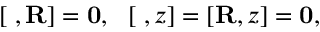
\left[ { \bf \rho } , { \bf R } \right] = { \bf 0 } , \ \ \left[ { \bf \rho } , z \right] = \left[ { \bf R } , z \right] = { \bf 0 } ,